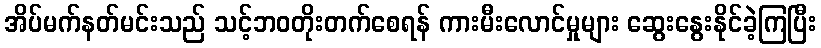
အိပ်မက်နတ်မင်းသည် သင့်ဘဝတိုးတက်စေရန် ကားမီးလောင်မှုများ ဆွေးနွေးနိုင်ခဲ့ကြပြီး